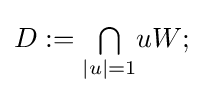
D:={\textstyle \bigcap \limits _{|u|=1}}uW;